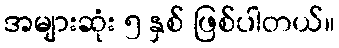
အများဆုံး ၅ နှစ် ဖြစ်ပါတယ်။